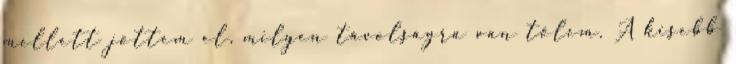
mellett jöttem el, milyen távolságra van tőlem. A kisebb